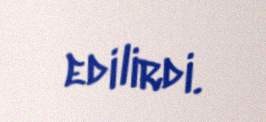
edilirdi.